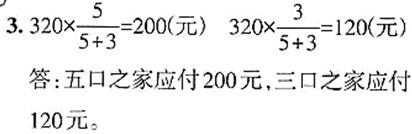
3. $320\times\frac{5}{5 + 3}=200$(元)  $320\times\frac{3}{5 + 3}=120$(元)
答：五口之家应付200元，三口之家应付120元。